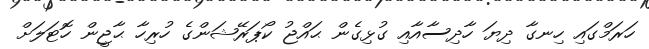
ހަރަމްގައި ހިނގާ ދިޔަ ހާދިސާއާއި ގުޅިގެން ޙައްޖު ކޯޕަރޭޝަންގެ ހުރިހާ ޙާޖީން ހޮޓަލަށް